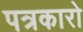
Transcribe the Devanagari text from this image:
पत्रकारो